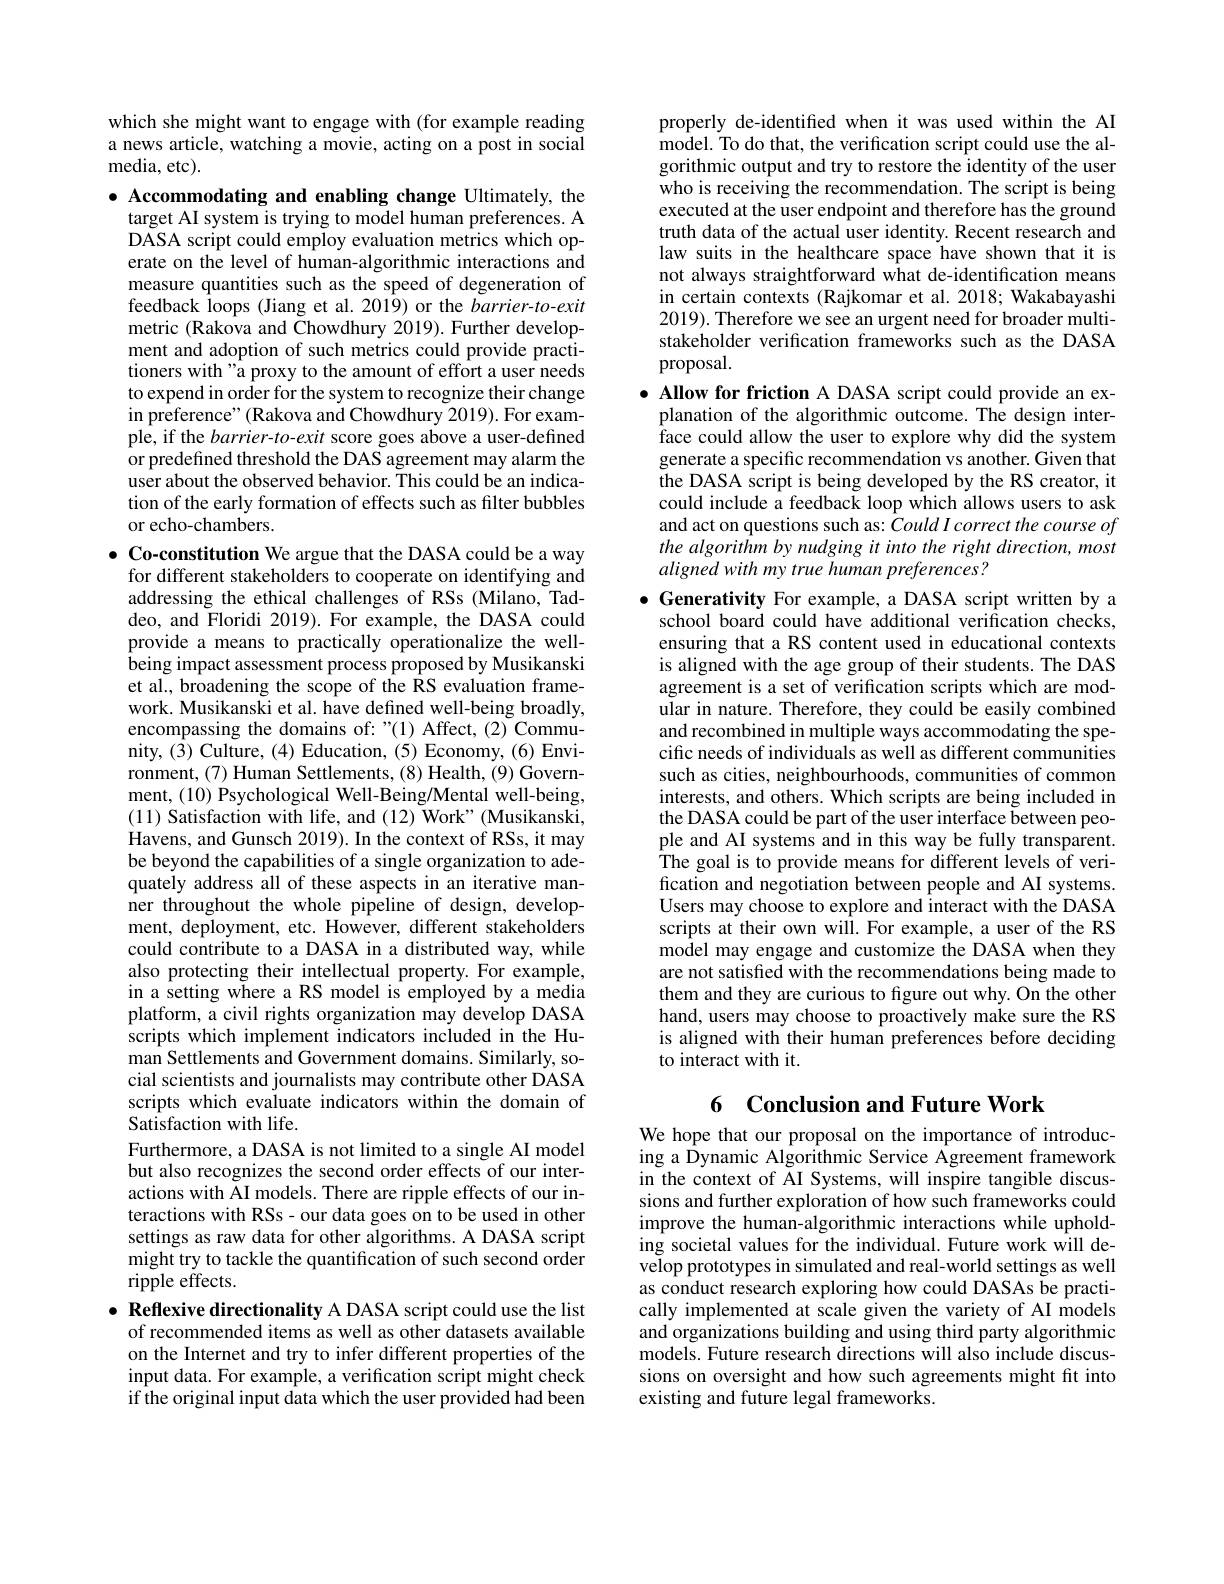
which she might want to engage with (for example reading a news article, watching a movie, acting on a post in social ${\mathrm{media,~etc}}).$

$\bullet$ Accommodating and enabling change Ultimately, the
target AI system is trying to model human preferences. A DASA script could employ evaluation metrics which operate on the level of human-algorithmic interactions and measure quantities such as the speed of degeneration of feedback loops (Jiang et al. 2019) or the barrier-to-exit metric (Rakova and Chowdhury 2019). Further development and adoption of such metrics could provide practitioners with"å proxy to the amount of effort a user needs to expend in order for the system to recognize their change in preference" (Rakova and Chowdhury 2019). For example, if the $barrier-to-exit$ score goes above a user-defined or predefined threshold the DAS agreement may alarm the user about the observed behavior. This could be an indication of the early formation of effects such as filter bubbles or echo-chambers.

$\bullet$ Co-constitution We argue that the DASA could be a way
for different stakeholders to cooperate on identifying and addressing the ethical challenges of RSs (Milano, Taddeo, and Floridi 2019). For example, the DASA could provide a means to practically operationalize the wellbeing impact assessment process proposed by Musikanski et al., broadening the scope of the RS evaluation framework. Musikanski et al. have defined well-being broadly, encompassing the domains of:"(1) Affect,(2) Community, (3) Culture, (4) Education, (5) Economy, (6) Environment, (7) Human Settlements, (8) Health, (9) Government, (10) Psychological Well-Being/Mental well-being, (11) Satisfaction with life, and (12) Work" (Musikanski, Havens, and Gunsch 2019). In the context of RSs, it may be beyond the capabilities of a single organization to adequately address all of these aspects in an iterative manner throughout the whole pipeline of design, development, deployment, etc. However, different stakeholders could contribute to a DASA in a distributed way, while also protecting their intellectual property. For example, in a setting where a RS model is employed by a media platform, a civil rights organization may develop DASA scripts which implement indicators included in the Human Settlements and Government domains. Similarly, social scientists and journalists may contribute other DASA scripts which evaluate indicators within the domain of Satisfaction with life.
Furthermore, a DASA is not limited to a single AI model but also recognizes the second order effects of our interactions with AI models. There are ripple effects of our interactions with RSs- our data goes on to be used in other settings as raw data for other algorithms. A DASA script might try to tackle the quantification of such second order ripple effects.
$\bullet$ Reflexive directionality A DASA script could use the list
of recommended items as well as other datasets available on the Internet and try to infer different properties of the

input data. For example, a verification script might check if the original input data which the user provided had been

properly de-identified when it was used within the AI model. To do that, the verification script could use the algorithmic output and try to restore the identity of the user who is receiving the recommendation. The script is being executed at the user endpoint and therefore has the ground truth data of the actual user identity. Recent research and law suits in the healthcare space have shown that it is not always straightforward what de-identification means in certain contexts (Rajkomar et al.2018; Wakabayashi 2019). Therefore we see an urgent need for broader multistakeholder verification frameworks such as the DASA proposal.

$\bullet$ Allow for friction A DASA script could provide an ex-
planation of the algorithmic outcome. The design interface could allow the user to explore why did the system generate a specific recommendation vs another. Given that the DASA script is being developed by the RS creator, it could include a feedback loop which allows users to ask and act on questions such as: Could I correct the course of the algorithm by nudging it into the right direction, most aligned with my true human preferences?

$\bullet$ Generativity For example, a DASA script written by a school board could have additional verification checks, ensuring that a RS content used in educational contexts is aligned with the age group of their students. The DAS agreement is a set of verification scripts which are modular in nature. Therefore, they could be easily combined and recombined in multiple ways accommodating the specific needs of individuals as well as different communities such as cities, neighbourhoods, communities of common interests, and others. Which scripts are being included in the DASA could be part of the user interface between people and AI systems and in this way be fully transparent. The goal is to provide means for different levels of verification and negotiation between people and AI systems. Users may choose to explore and interact with the DASA scripts at their own will. For example, a user of the RS model may engage and customize the DASA when they are not satisfied with the recommendations being made to them and they are curious to fgure out why. On the other hand, users may choose to proactively make sure the RS is aligned with their human preferences before deciding to interact with it.

### 6 $\textbf{Conclusion and Future Work}$

We hope that our proposal on the importance of introducing a Dynamic Algorithmic Service Agreement framework in the context of AI Systems, will inspire tangible discussions and further exploration of how such frameworks could improve the human-algorithmic interactions while upholding societal values for the individual. Future work will develop prototypes in simulated and real-world settings as well as conduct research exploring how could DASAs be practically implemented at scale given the variety of AI models and organizations building and using third party algorithmic models. Future research directions will also include discussions on oversight and how such agreements might fit into existing and future legal frameworks.